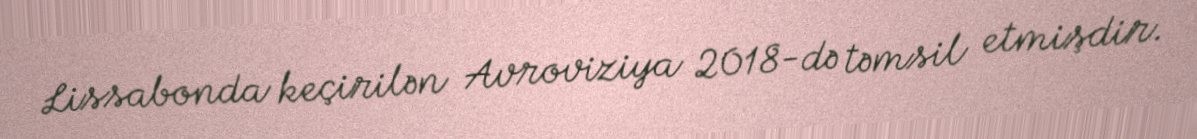
Lissabonda keçirilən Avroviziya 2018-də təmsil etmişdir.